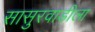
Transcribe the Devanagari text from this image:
सासुरवाडीला